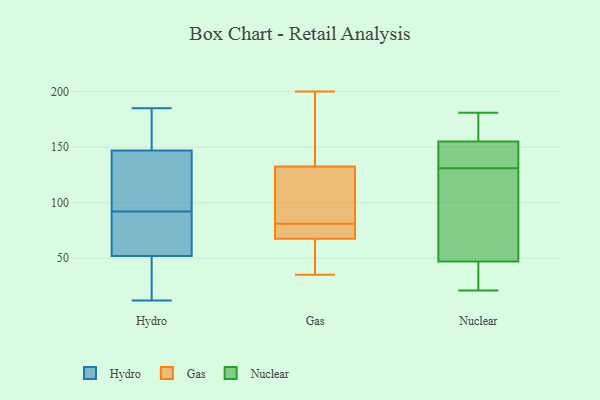
{"axis": {"x": "Customer Acquisition Cost (USD)", "y": "Value"}, "legend": ["Gas", "Hydro", "Nuclear"], "data": [{"x": "", "y": 72, "type": "Hydro"}, {"x": "", "y": 165, "type": "Hydro"}, {"x": "", "y": 77, "type": "Hydro"}, {"x": "", "y": 185, "type": "Hydro"}, {"x": "", "y": 39, "type": "Hydro"}, {"x": "", "y": 70, "type": "Hydro"}, {"x": "", "y": 157, "type": "Hydro"}, {"x": "", "y": 107, "type": "Hydro"}, {"x": "", "y": 139, "type": "Hydro"}, {"x": "", "y": 12, "type": "Hydro"}, {"x": "", "y": 147, "type": "Hydro"}, {"x": "", "y": 131, "type": "Hydro"}, {"x": "", "y": 21, "type": "Hydro"}, {"x": "", "y": 52, "type": "Hydro"}, {"x": "", "y": 52, "type": "Gas"}, {"x": "", "y": 87, "type": "Gas"}, {"x": "", "y": 200, "type": "Gas"}, {"x": "", "y": 70, "type": "Gas"}, {"x": "", "y": 103, "type": "Gas"}, {"x": "", "y": 82, "type": "Gas"}, {"x": "", "y": 72, "type": "Gas"}, {"x": "", "y": 162, "type": "Gas"}, {"x": "", "y": 195, "type": "Gas"}, {"x": "", "y": 80, "type": "Gas"}, {"x": "", "y": 35, "type": "Gas"}, {"x": "", "y": 65, "type": "Gas"}, {"x": "", "y": 158, "type": "Nuclear"}, {"x": "", "y": 98, "type": "Nuclear"}, {"x": "", "y": 147, "type": "Nuclear"}, {"x": "", "y": 146, "type": "Nuclear"}, {"x": "", "y": 181, "type": "Nuclear"}, {"x": "", "y": 47, "type": "Nuclear"}, {"x": "", "y": 177, "type": "Nuclear"}, {"x": "", "y": 21, "type": "Nuclear"}, {"x": "", "y": 139, "type": "Nuclear"}, {"x": "", "y": 40, "type": "Nuclear"}, {"x": "", "y": 155, "type": "Nuclear"}, {"x": "", "y": 123, "type": "Nuclear"}, {"x": "", "y": 47, "type": "Nuclear"}, {"x": "", "y": 111, "type": "Nuclear"}]}